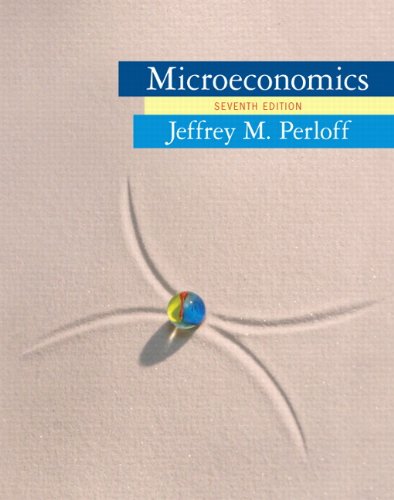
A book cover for Microeconomics (7th Edition); Jeffrey M. Perloff; Business & Money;